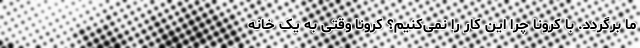
ما برگردد. با کرونا چرا این کار را نمی‌کنیم؟ کرونا وقتی به یک خانه